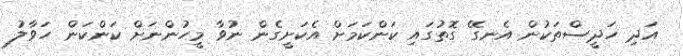
އަދި ހަދީސްތަކުން އެނގޭ ގޮތުގައި ކަންކަމަށް އެކަށީގެން ނުވާ މީހުންނަށް ކަންކަން ހަވާލު